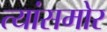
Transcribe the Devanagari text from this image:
त्यांसमोर